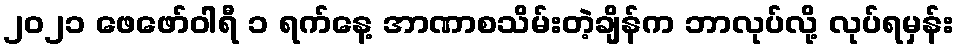
၂၀၂၁ ဖေဖော်ဝါရီ ၁ ရက်နေ့ အာဏာစသိမ်းတဲ့ချိန်က ဘာလုပ်လို့ လုပ်ရမှန်း